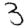
Digit: 3